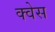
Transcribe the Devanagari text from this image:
क्वेस